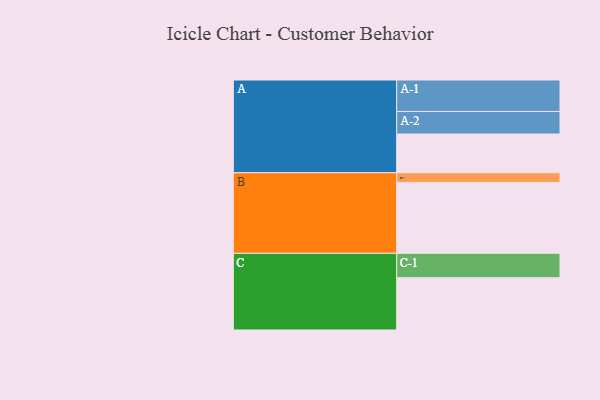
{"axis": {"x": "Segment", "y": "Value"}, "legend": ["", "A", "B", "C"], "data": [{"x": "A", "y": 309, "type": ""}, {"x": "B", "y": 566, "type": ""}, {"x": "C", "y": 417, "type": ""}, {"x": "A-1", "y": 251, "type": "A"}, {"x": "A-2", "y": 180, "type": "A"}, {"x": "B-1", "y": 77, "type": "B"}, {"x": "C-1", "y": 195, "type": "C"}]}